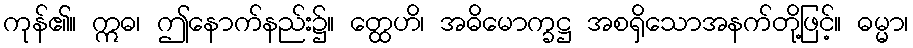
ကုန်၏။ ဣဓ၊ ဤနောက်နည်း၌။ တ္ထေဟိ၊ အဓိမောက္ခဋ္ဌ အစရှိသောအနက်တို့ဖြင့်။ ဓမ္မာ၊